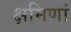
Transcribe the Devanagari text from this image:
क्षमिणां